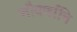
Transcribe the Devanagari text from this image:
सौवर्णानि